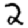
Digit: 2